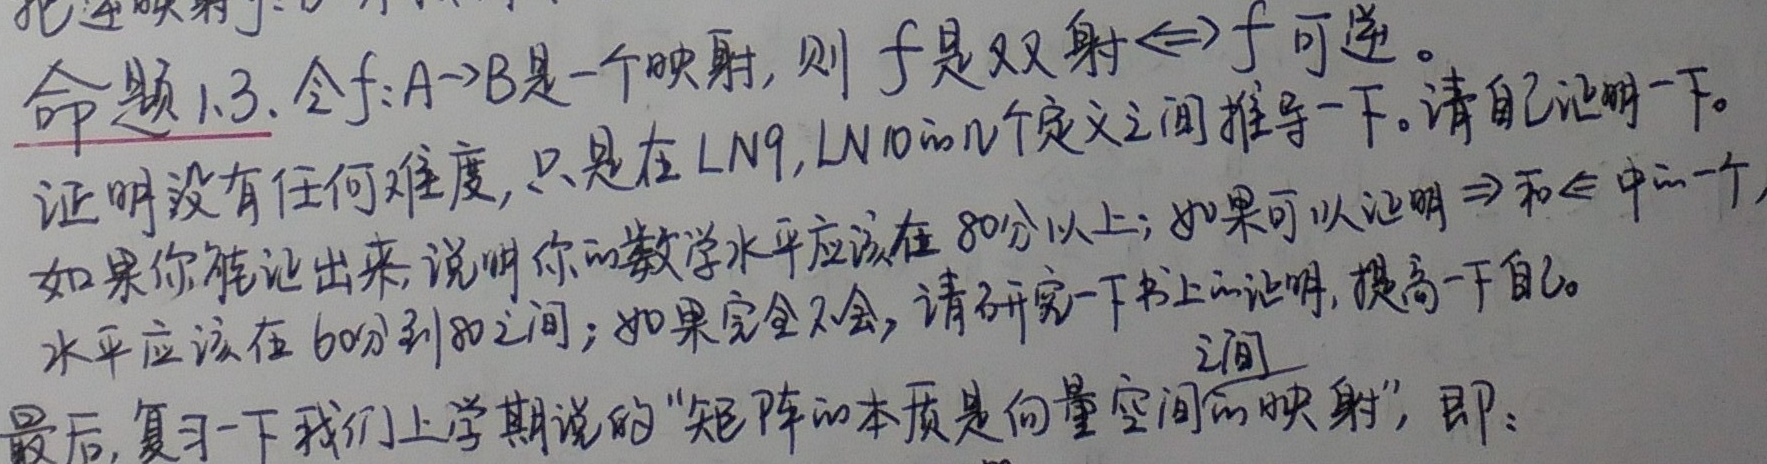
命题1.3. 令\(f:A \to B\)是一个映射，则 \(f\)是双射\(\Leftrightarrow f\)可逆。证明没有任何难度，只是在LN9, LN10的几个定义之间推导一下。请自己证明一下。如果你能证出来，说明你的数学水平应该在80分以上；如果可以证明\(\Rightarrow\)和\(\Leftarrow\)中的一个，水平应该在60分到80之间；如果完全不会，请研究一下书上的证明，提高一下自己。最后，复习一下我们上学期说的“矩阵的本质是向量空间的映射”，即：